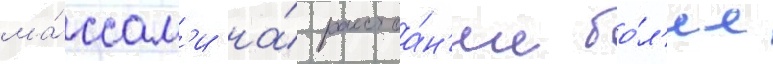
ма́ссам'и на́ расстоа́н'ие бо́л'ее